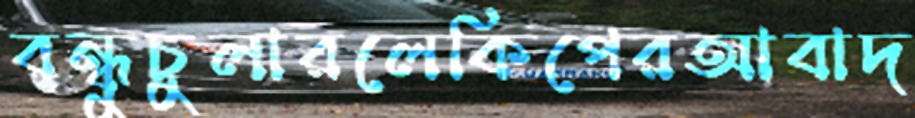
বন্ধুচুলারলেকিপেরআবাদ